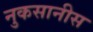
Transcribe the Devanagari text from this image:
नुकसानीस